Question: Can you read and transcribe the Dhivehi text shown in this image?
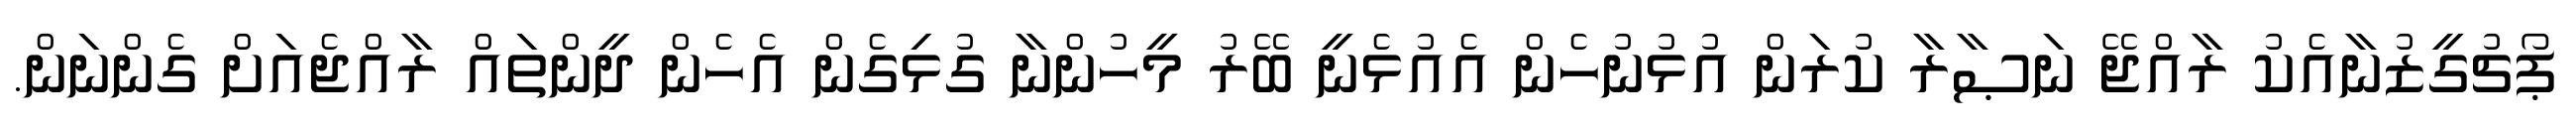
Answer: ޕޯޗުގީޒުނާއެކު ރާއްޖޭ ނަޞާރާ ކުރަން އުޅުނުހެން އެއުޅެނީ ބޭރު މީހުންނާ ގުޅިގެން އެހެން ދީންތައް ރާއްޖެއަށް ގެންނަން.